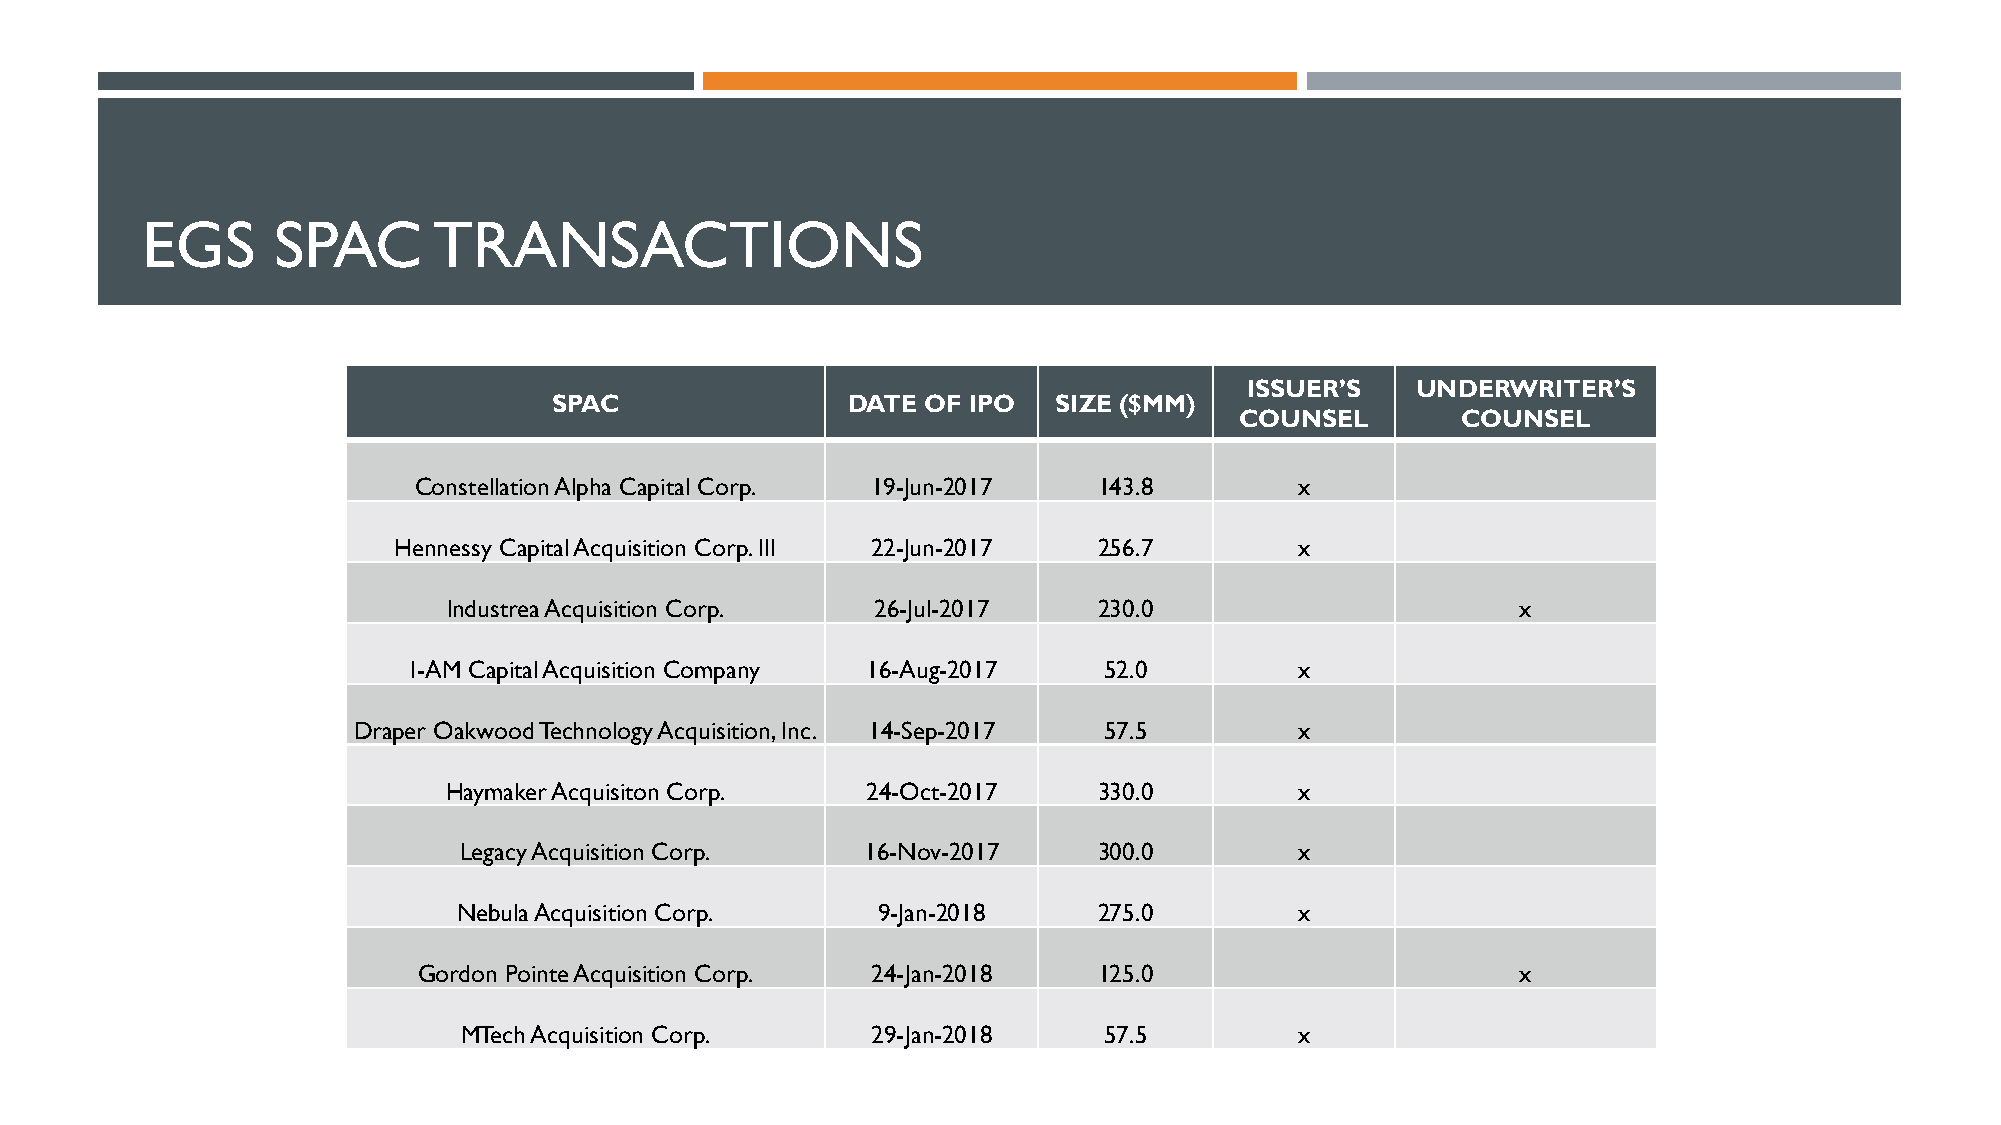
EGS      SPAC       TRANSACTIONS
 ISSUER’S   UNDERWRITER’S
 SPAC               DATE OF IPO   SIZE ($MM)
 COUNSEL        COUNSEL
 Constellation Alpha Capital Corp. 19-Jun-2017 143.8        x
 Hennessy Capital Acquisition Corp. III 22-Jun-2017 256.7    x
 Industrea Acquisition Corp. 26-Jul-2017    230.0                       x
 I-AM Capital Acquisition Company 16-Aug-2017  52.0         x
 Draper Oakwood Technology Acquisition, Inc. 14-Sep-2017 57.5   x
 Haymaker Acquisiton Corp.   24-Oct-2017     330.0        x
 Legacy Acquisition Corp.   16-Nov-2017     300.0        x
 Nebula Acquisition Corp.    9-Jan-2018     275.0        x
 Gordon Pointe Acquisition Corp. 24-Jan-2018  125.0                       x
 MTech Acquisition Corp.     29-Jan-2018    57.5         x